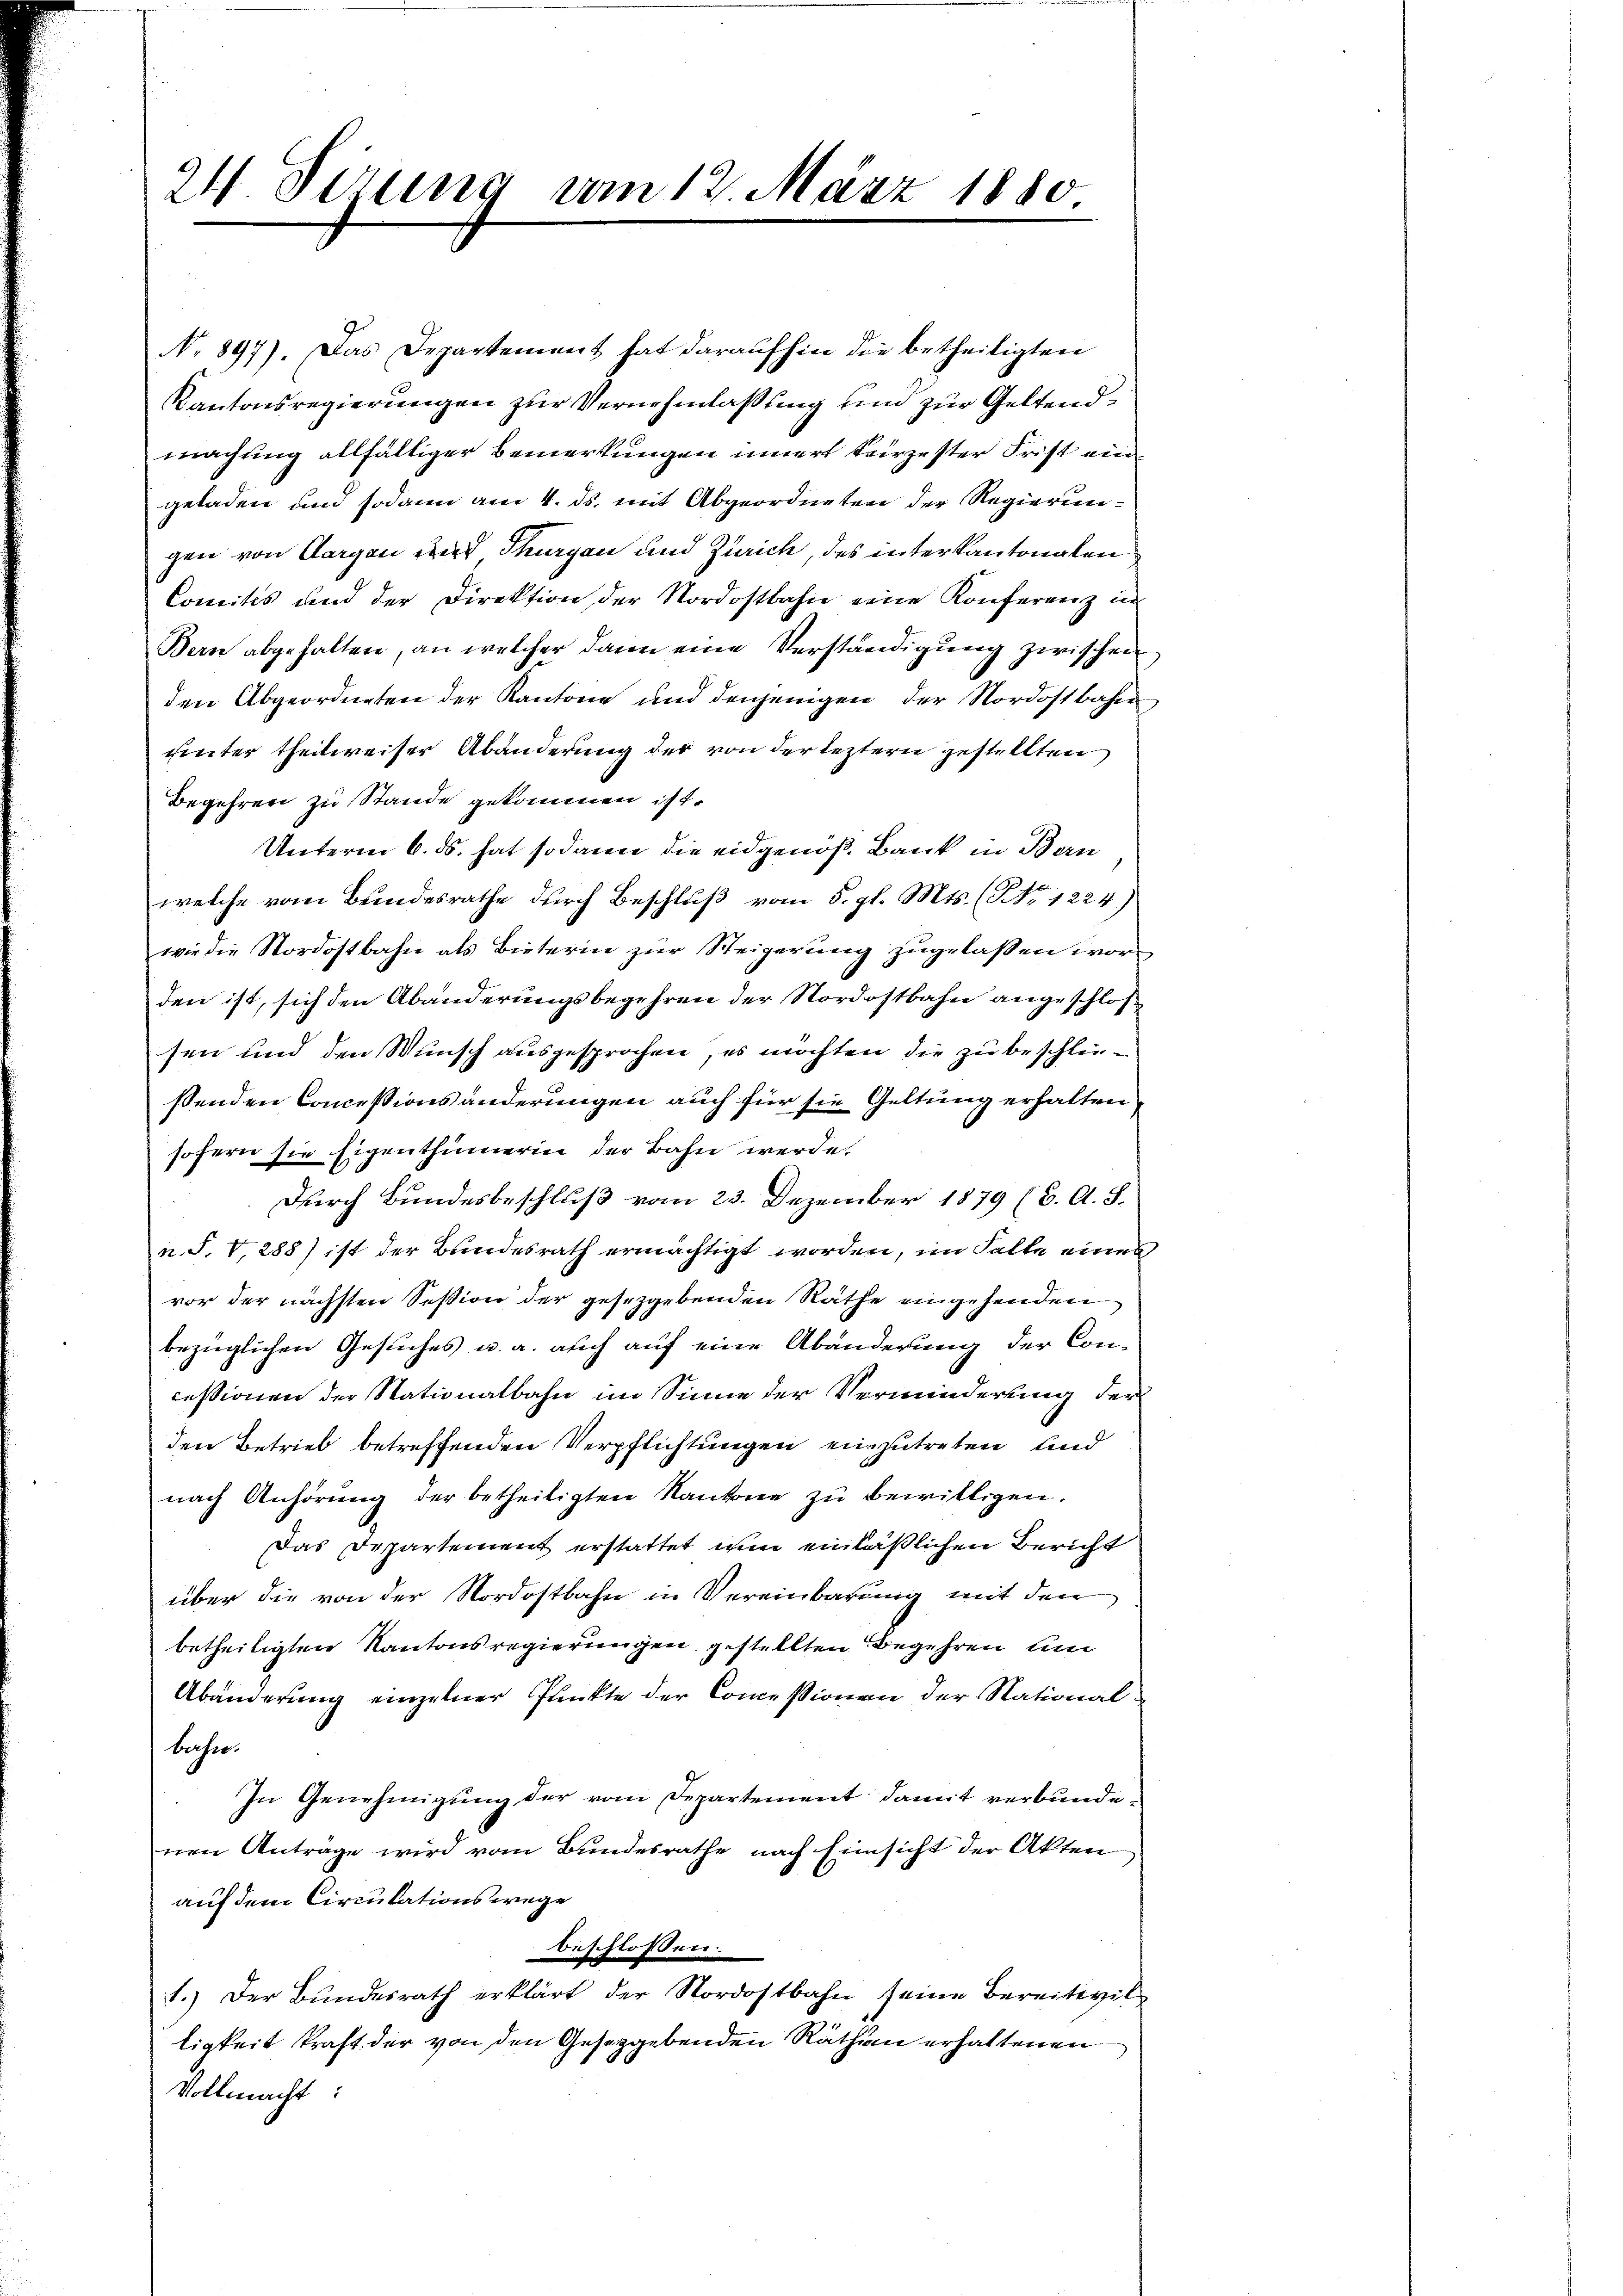
24 Sizung vom 12. März 1880

No 897). Das Departement hat daraufhin die betheiligten
Kantonsregierungen zur Vernehmlassung und zur Geltendmachung allfälliger Bemerkungen innert Kerzester Frist ein
geladen und sodann am 4. ds. mit Abgeordneten der Regierungen von Aargau und Thurgau und Zürich, des interkantonalen
Comitis und der Direktion der Nordostbahn eine Konferenz in
Bern abgehalten, an welcher dann eine Verständigung zwischen
den Abgeordneten der Kantone und denjenigen der Nordostbahn
unter theilweiser Abänderung der von der leztern gestellten
Begehren zu Stande gekommen ist.
Unterm 6. ds. hat sodann die eidgenöß. Bank in Bern
welche vom Bundesrathe durch Beschlŭβ vom 5. gl. Mts. (Nr. 1224)
wie die Nordostbahn als Bieterin zur Steigerung zugelaßen vorden ist, sich den Abänderungsbegehren der Nordostbahn angeschlossen und den Wunsch ausgesprochen, es möchten die zu beschließenden Concessionsänderungen auch für sie Geltung erhalten
sofern sie Eigenthümerin der Bahn werde.
Durch Bundesbeschluß vom 23. Dezember 1879 (6. A. S.
n. J. V. 288) ist der Bundesrath ermächtigt worden, im Falle eines
vor der nächsten Session der gesetzgebenden Räthe eingehenden
bezüglichen Gesuches u. a. auch auf eine Abänderung der Concessionen der Nationalbahn im Sinne der Verminderung der
den Betrieb betreffenden Verpflichtungen einzutreten, und
nach Anhörung der betheiligten Kantone zu bewilligen.
Das Departement erstattet nun einläßlichen Bericht
über die von der Nordostbahn in Vereinbarung mit den
betheiligten Kantonsregierungen gestellten Begehren um
Abänderung einzelner Punkte der Commissionen der National-
bahn.
In Genehmigung der vom Departement damit verbundenen Antrage wird vom Bundesrathe nach Einsicht der Akten
auf dem Circulations wege
beschlossen:
1.) Der Bŭndesrath erklärt der Nordostbahn seine Bereitsvil-
ligkeit kraft der von den Gesetzgebenden Räthen erhaltenen
Vollmacht: